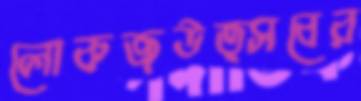
লোকজউত্সবের